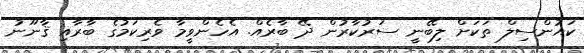
ކައުންސިލް ތަކަށް ލިބޭނީ ސަރުކާރުން ދޭ ބާރެއް. އެހެންވީމާ ވެރިކަމުގެ ބާރާއި ޤާނޫނު